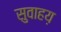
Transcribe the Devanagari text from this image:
सुवाहय़